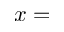
x =